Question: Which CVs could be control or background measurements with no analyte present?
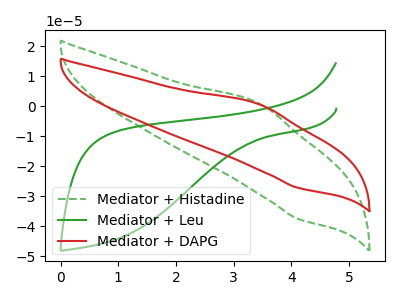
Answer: <think>The green dashed curve "Mediator + Histadine" has an anodic peak at (3.45V, 0.95uA) and a cathodic peak at (4.10V, -37.60uA). The green curve "Mediator + Leu" has no peaks. The red curve "Mediator + DAPG" has an anodic peak at (3.45V, 0.70uA) and a cathodic peak at (4.10V, -27.25uA).</think>
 <answer>"Mediator + Leu" is likely to be a blank.</answer>
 <eval>Mediator + Leu</eval>